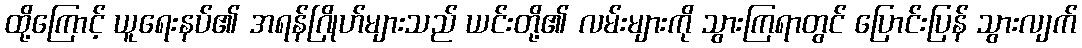
ထို့ကြောင့် ယူရေးနပ်၏ အရန်ဂြိုဟ်များသည် ယင်းတို့၏ လမ်းများကို သွားကြရာတွင် ပြောင်းပြန် သွားလျက်